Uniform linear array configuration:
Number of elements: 16
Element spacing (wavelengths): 0.25
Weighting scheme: hann
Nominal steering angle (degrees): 60
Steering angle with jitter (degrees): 60.945
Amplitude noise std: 0.05
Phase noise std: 0.05

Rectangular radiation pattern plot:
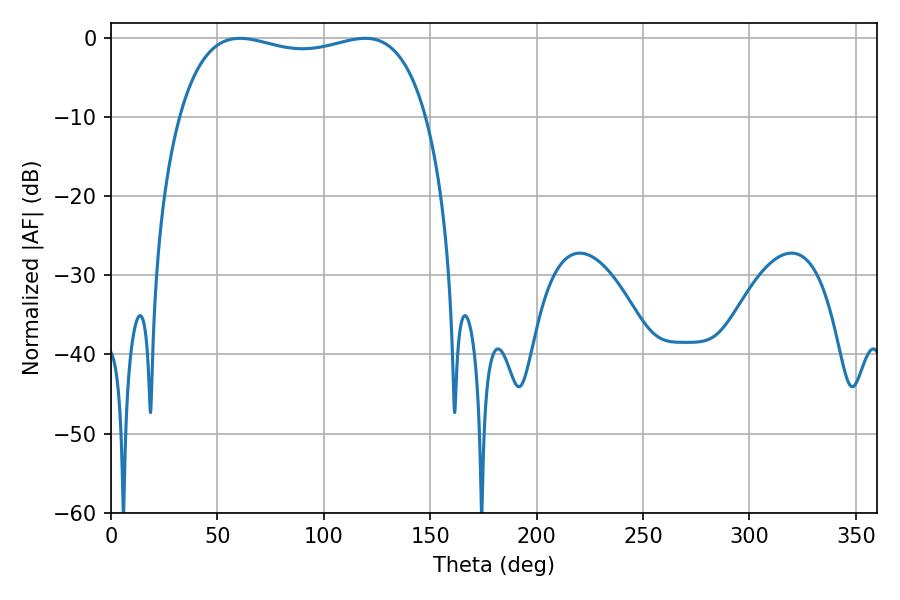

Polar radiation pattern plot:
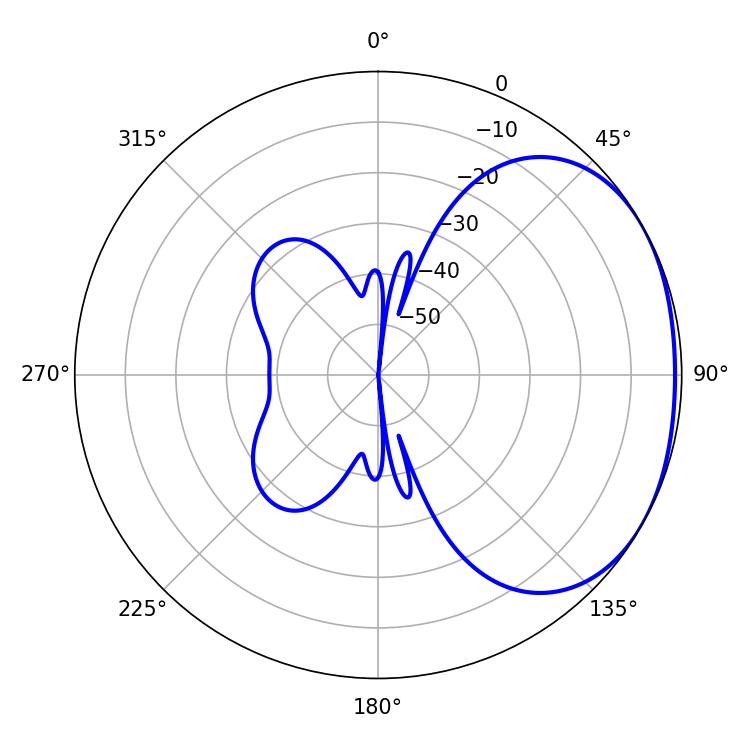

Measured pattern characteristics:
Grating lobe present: FALSE
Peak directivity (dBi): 1.82
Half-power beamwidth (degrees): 94.32
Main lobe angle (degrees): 60.66